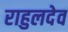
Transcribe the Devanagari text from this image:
राहुलदेव